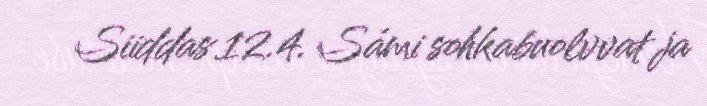
Siiddas 12.4. Sámi sohkabuolvvat ja